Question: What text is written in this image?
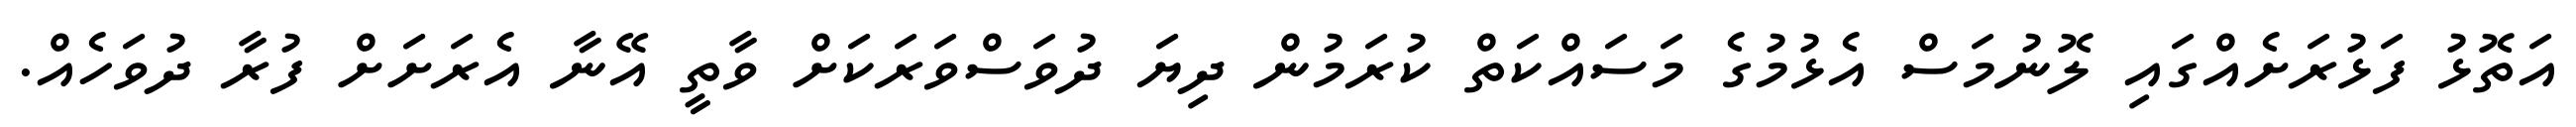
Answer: އަތޮޅު ފަޅުރަށެއްގައި ލޮނުމަސް އެޅުމުގެ މަސައްކަތް ކުރަމުން ދިޔަ ދުވަސްވަރަކަށް ވާތީ އޭނާ އެރަށަށް ފުރާ ދުވަހެއް.